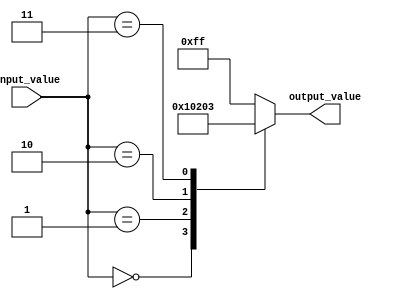
module generate_case (
  input wire [3:0] input_value,
  output wire [7:0] output_value
);

reg [7:0] result;

always @* begin
  case (input_value)
    4'b0000 : result = 8'b00000000;
    4'b0001 : result = 8'b00000001;
    4'b0010 : result = 8'b00000010;
    4'b0011 : result = 8'b00000011;
    // Add more cases as needed
    default: result = 8'b11111111;
  endcase
end

assign output_value = result;

endmodule